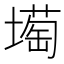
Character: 𡐺